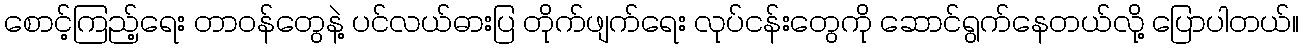
စောင့်ကြည့်ရေး တာဝန်တွေနဲ့ ပင်လယ်ဓားပြ တိုက်ဖျက်ရေး လုပ်ငန်းတွေကို ဆောင်ရွက်နေတယ်လို့ ပြောပါတယ်။